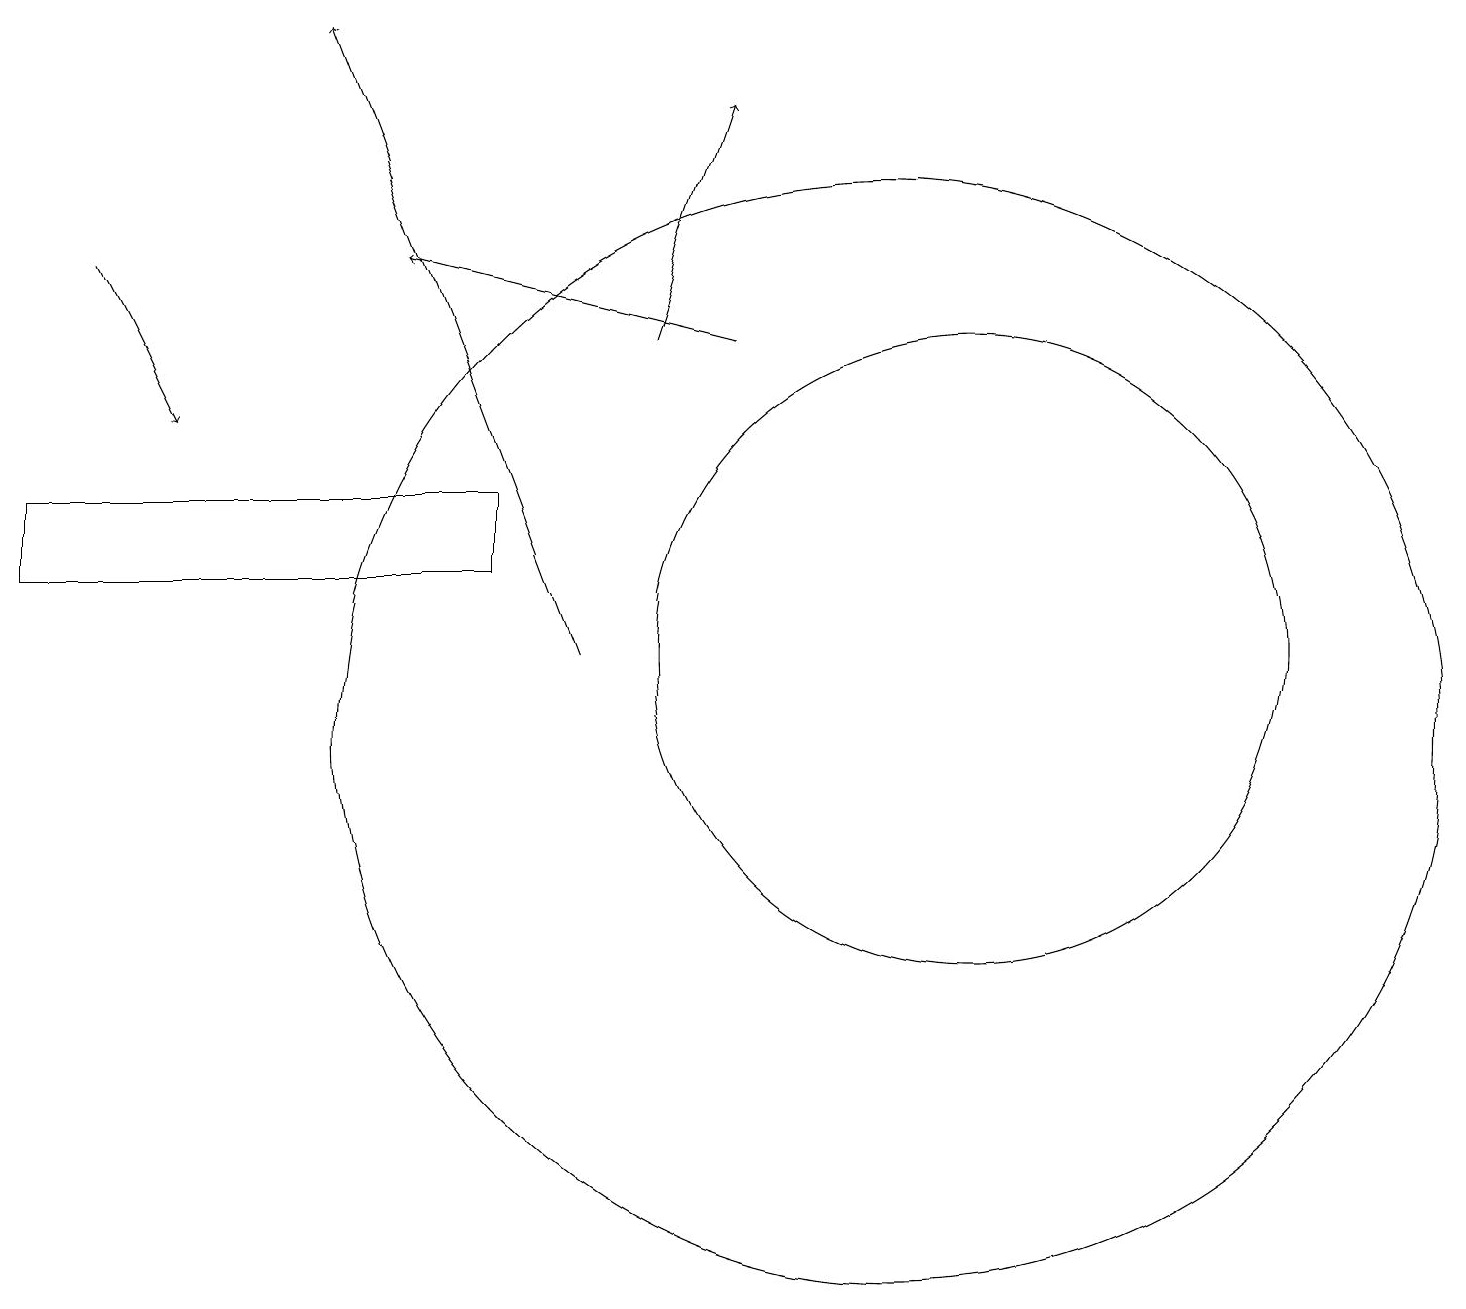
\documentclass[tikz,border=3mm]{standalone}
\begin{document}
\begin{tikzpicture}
\draw (12,11) circle (4);
\draw (11,10) circle (7);
\draw[->] (1,16) -- (2,14);
\draw[->] (8,15) -- (9,18);
\draw[->] (9,15) -- (5,16);
\draw (6,12) rectangle (0,13);
\draw[->] (7,11) -- (4,19);
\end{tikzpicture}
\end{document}